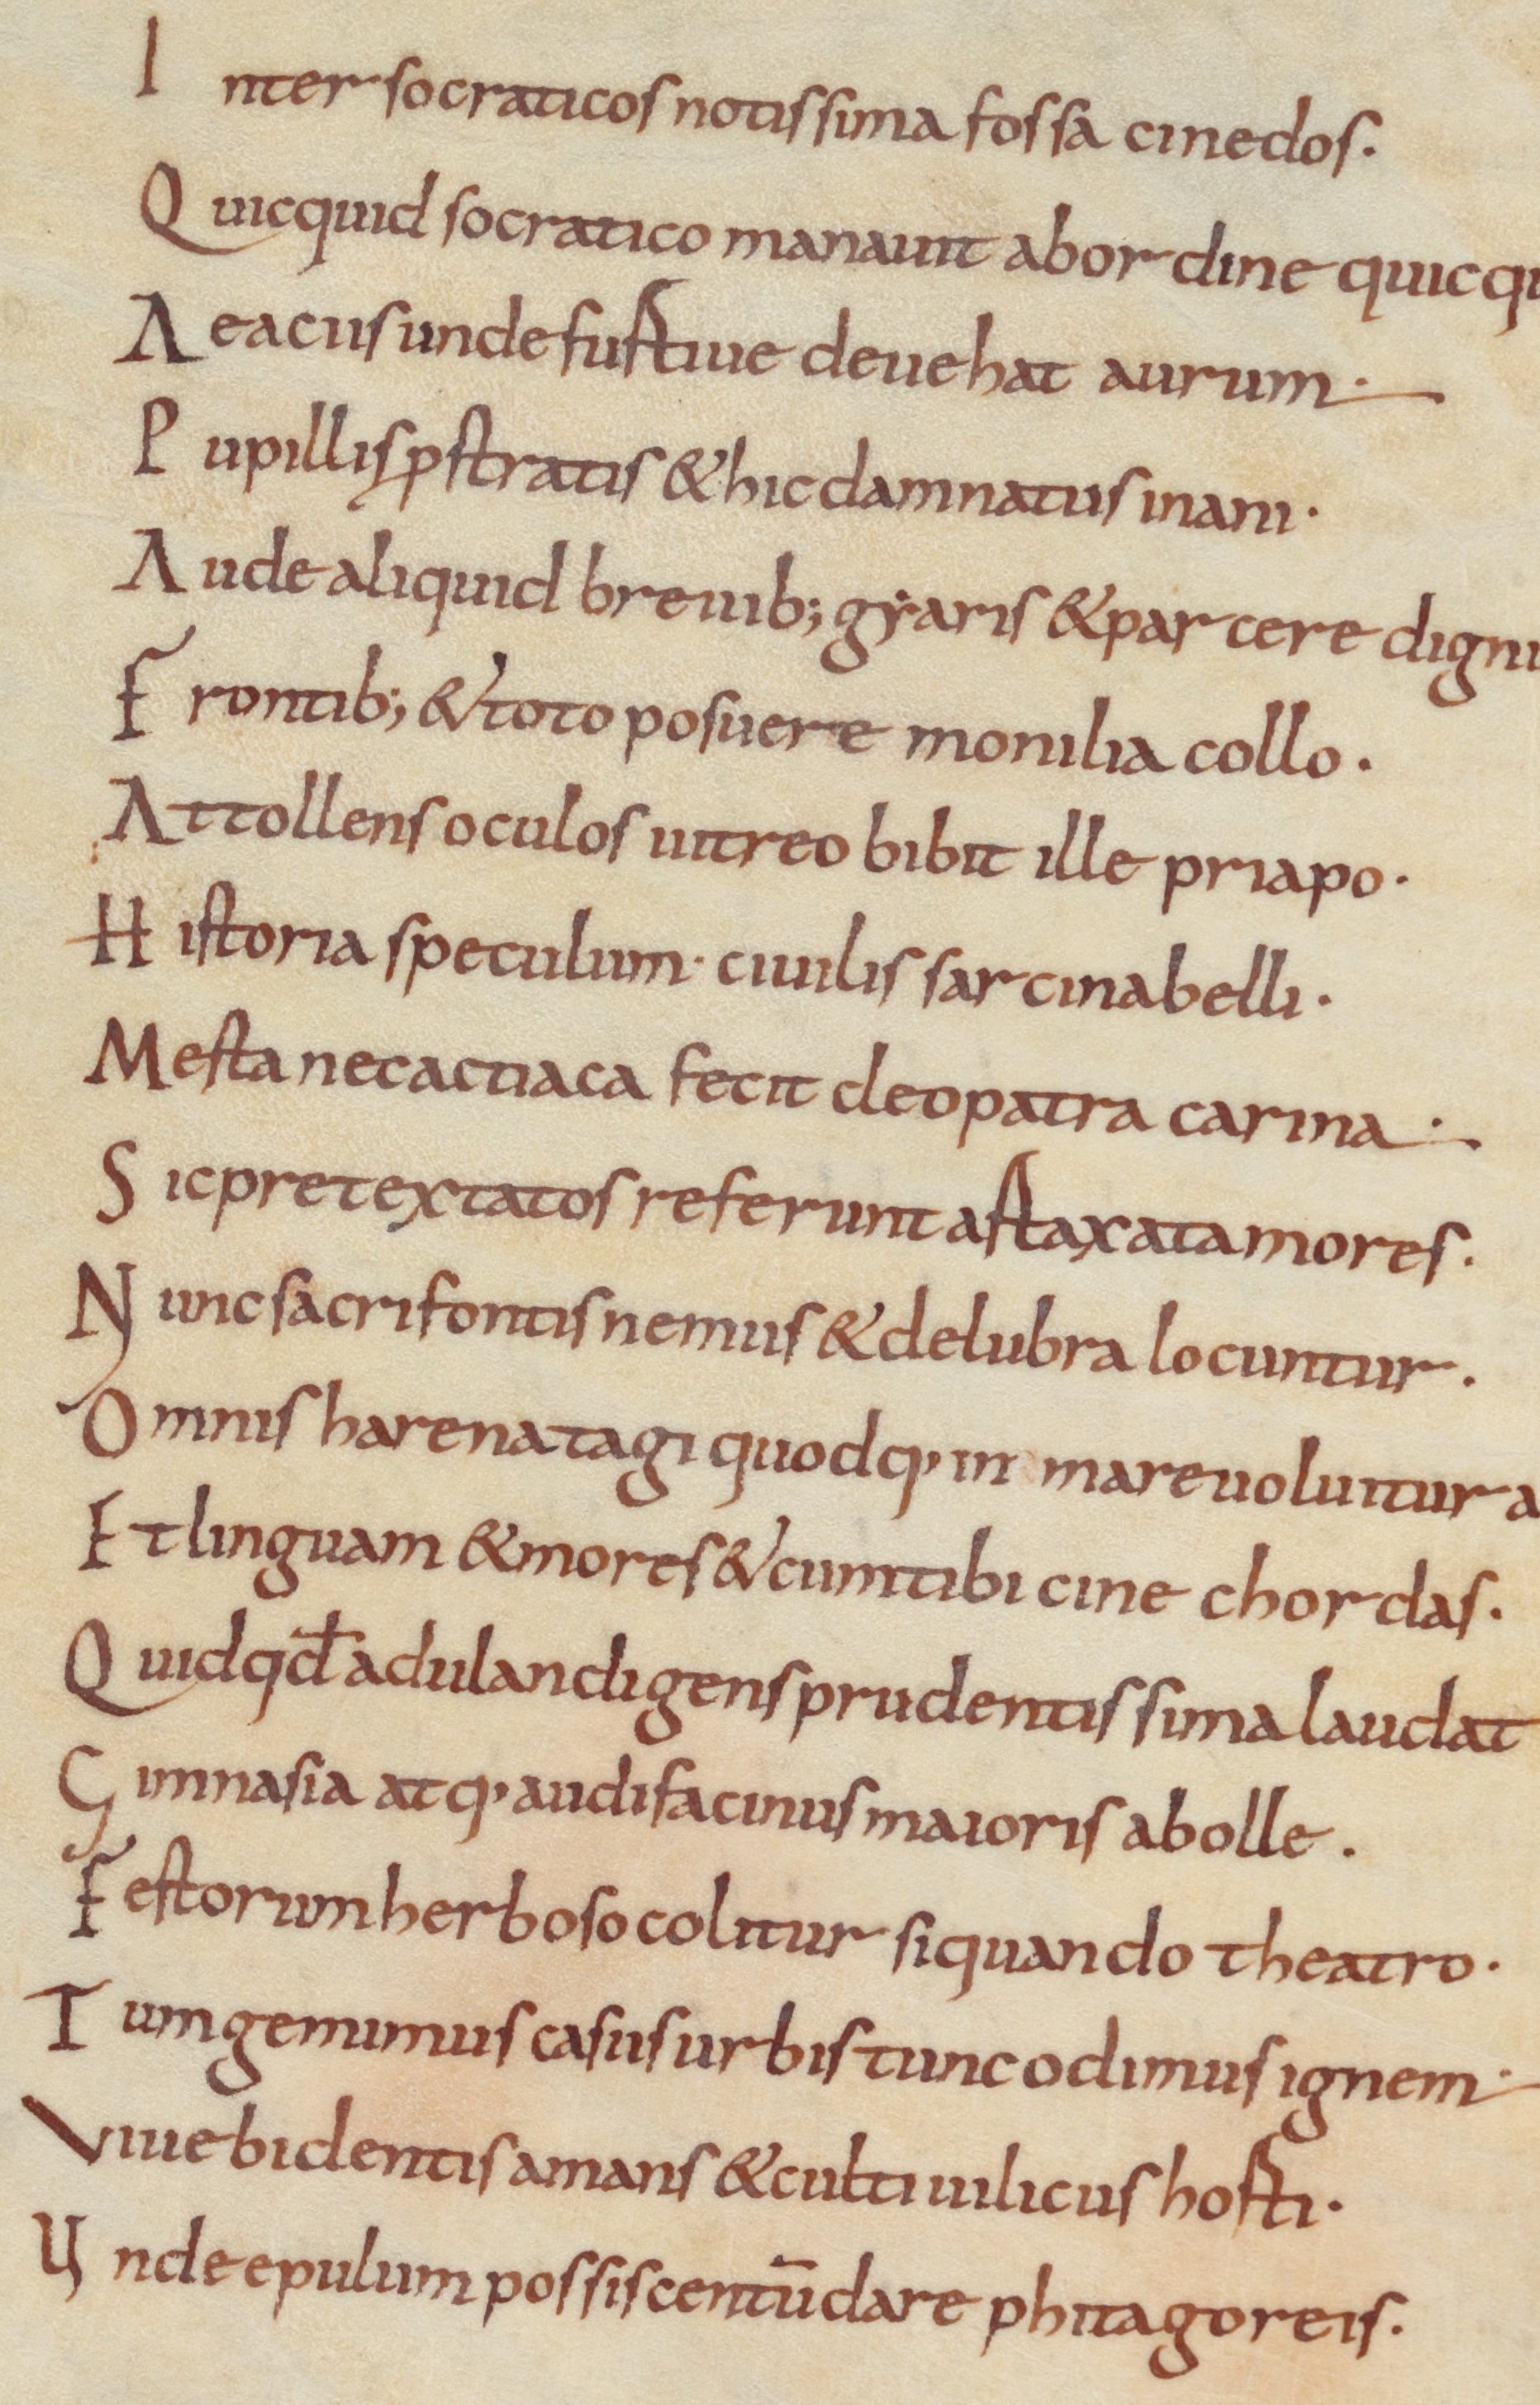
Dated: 800–899